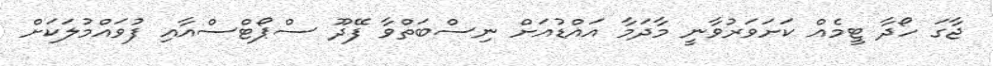
ޖާގަ ހޯދާ ޓީމެއް ކަށަވަރުވާނީ މާދަމާ އައްޑުއަށް ނިސްބަތްވާ ފޭދޫ ސްޕޯޓްސްއާއި ފުވައްމުލަކަށް